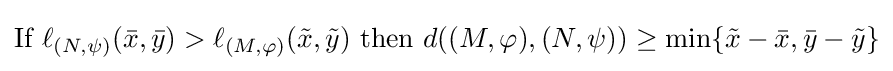
{\text{If }}\ell _{(N,\psi )}({\bar {x}},{\bar {y}})>\ell _{(M,\varphi )}({\tilde {x}},{\tilde {y}}){\text{ then }}d((M,\varphi ),(N,\psi ))\geq \min\{{\tilde {x}}-{\bar {x}},{\bar {y}}-{\tilde {y}}\}